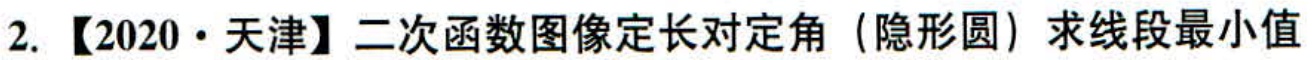
2. 【2020·天津】二次函数图像定长对定角（隐形圆）求线段最小值